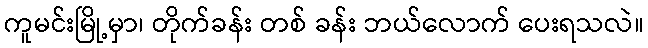
ကူမင်းမြို့မှာ၊ တိုက်ခန်း တစ် ခန်း ဘယ်လောက် ပေးရသလဲ။